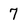
Character: 7